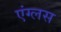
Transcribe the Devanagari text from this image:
एंग्लस